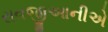
રાવજીઆનીએ